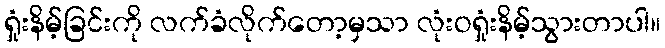
ရှုံးနိမ့်ခြင်းကို လက်ခံလိုက်တော့မှသာ လုံးဝရှုံးနိမ့်သွားတာပါ။